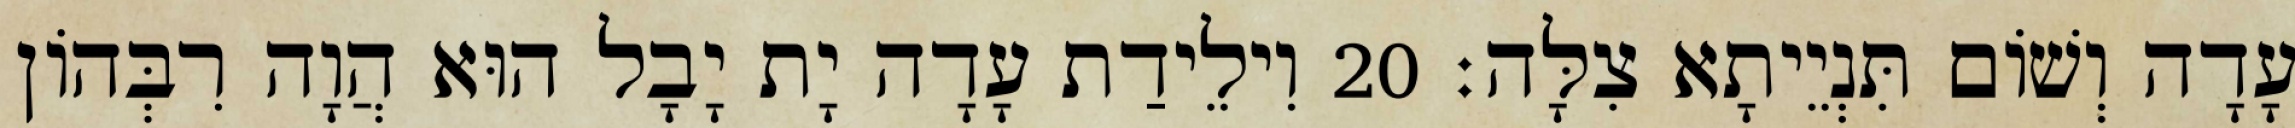
עָדָה וְשׁוֹם תִּנְיֵיתָא צִלָּה׃ 20 וִילֵידַת עָדָה יָת יָבָל הוּא הֲוָה רִבְּהוֹן